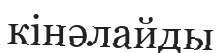
кінәлайды